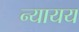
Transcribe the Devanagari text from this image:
न्यायय